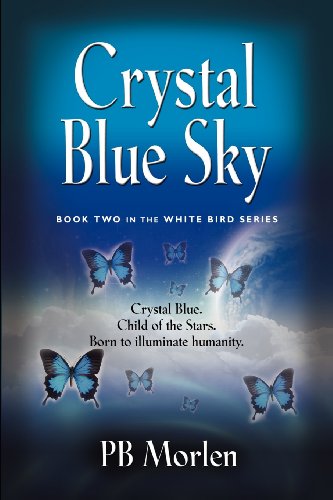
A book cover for Crystal Blue Sky - Book Two in the White Bird Series; Pb Morlen; Science Fiction & Fantasy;